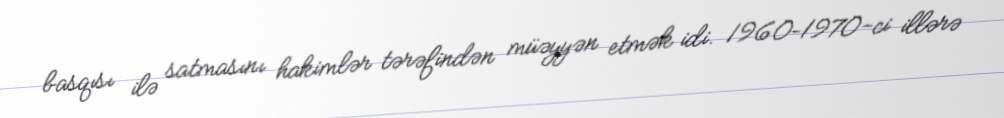
basqısı ilə satmasını hakimlər tərəfindən müəyyən etmək idi. 1960–1970-ci illərə